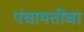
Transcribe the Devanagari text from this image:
पंचायतींचा